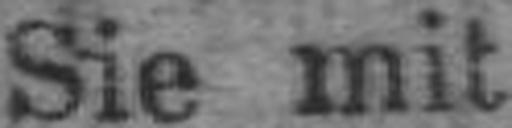
Sie mit